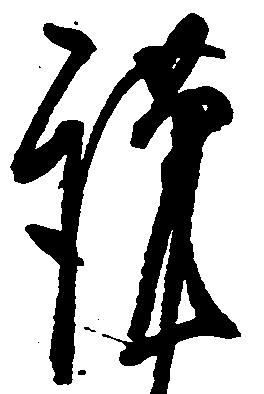
謹